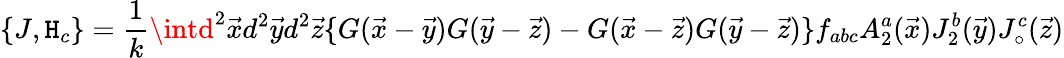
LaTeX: \{ J,\mathtt{H}_{c}\} =\frac{{1}}{{k}}\intd^{2}\vec{{x}}d^{2}\vec{{y}}d^{2}\vec{{z}}\{ G(\vec{{x}}-\vec{{y}})G(\vec{{y}}-\vec{{z}})-G(\vec{{x}}-\vec{{z}})G(\vec{{y}}-\vec{{z}})\} f_{abc}A_{2}^{a}(\vec{{x}})J_{2}^{b}(\vec{{y}})J_{\circ}^{c}(\vec{{z}})